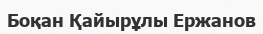
Боқан Қайырұлы Ержанов